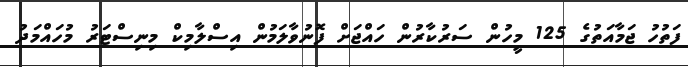
ފަތުހު ޖަމާއަތުގެ 125 މީހުން ސަރުކާރުން ހައްޖަށް ފޮނުވާލަމުން އިސްލާމިކް މިނިސްޓަރު މުހައްމަދު